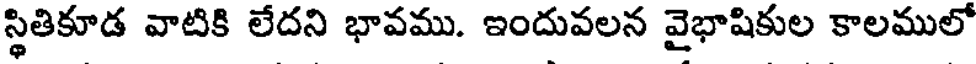
స్థితికూడ వాటికి లేదని భావము. ఇందువలన వైభాషికుల కాలములో